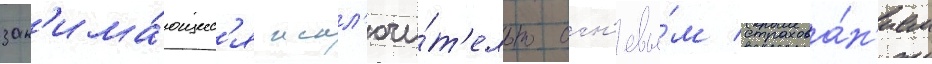
зан'има́ющиес'я искл'ючи́т'ельно огн'евы́м страхова́н'ием